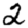
Digit: 2